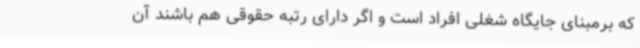
که برمبنای جایگاه شغلی افراد است و اگر دارای رتبه حقوقی هم باشند آن